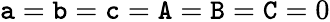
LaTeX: \mathtt{a}=\mathtt{b}=\mathtt{c}=\mathtt{A}=\mathtt{B}=\mathtt{C}=0